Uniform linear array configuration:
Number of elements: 24
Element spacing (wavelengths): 1
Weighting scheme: binomial
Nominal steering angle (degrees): -60
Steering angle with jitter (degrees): -61.49
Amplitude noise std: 0.05
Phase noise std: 0.05

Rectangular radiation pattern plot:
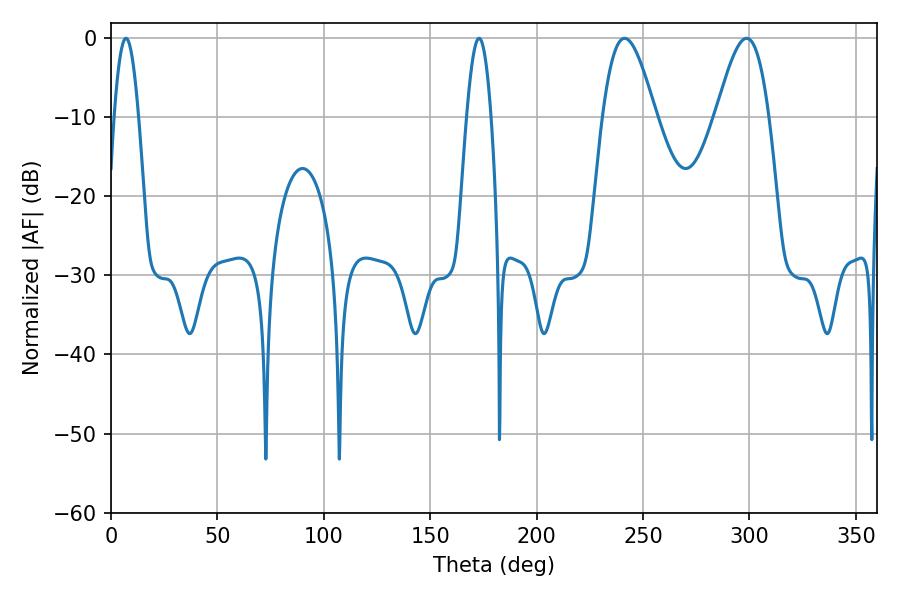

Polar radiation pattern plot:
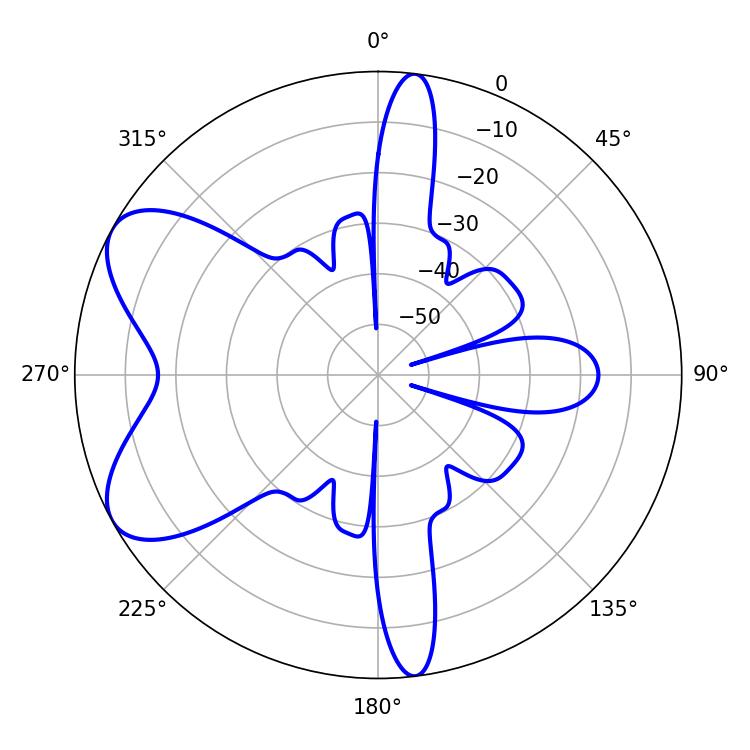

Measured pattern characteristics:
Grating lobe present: TRUE
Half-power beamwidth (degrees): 6.3
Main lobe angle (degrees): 7.02